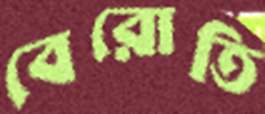
বেরোতি